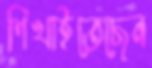
শিখাইতেছেন